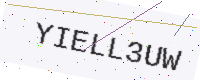
Text: YIELL3UW